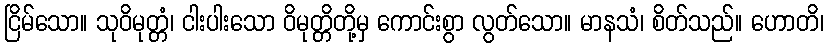
ငြိမ်သော။ သုဝိမုတ္တံ၊ ငါးပါးသော ဝိမုတ္တိတို့မှ ကောင်းစွာ လွတ်သော။ မာနသံ၊ စိတ်သည်။ ဟောတိ၊